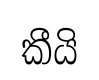
කීයි